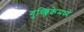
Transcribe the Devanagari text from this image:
गुच्छ्तिकेमध्ये